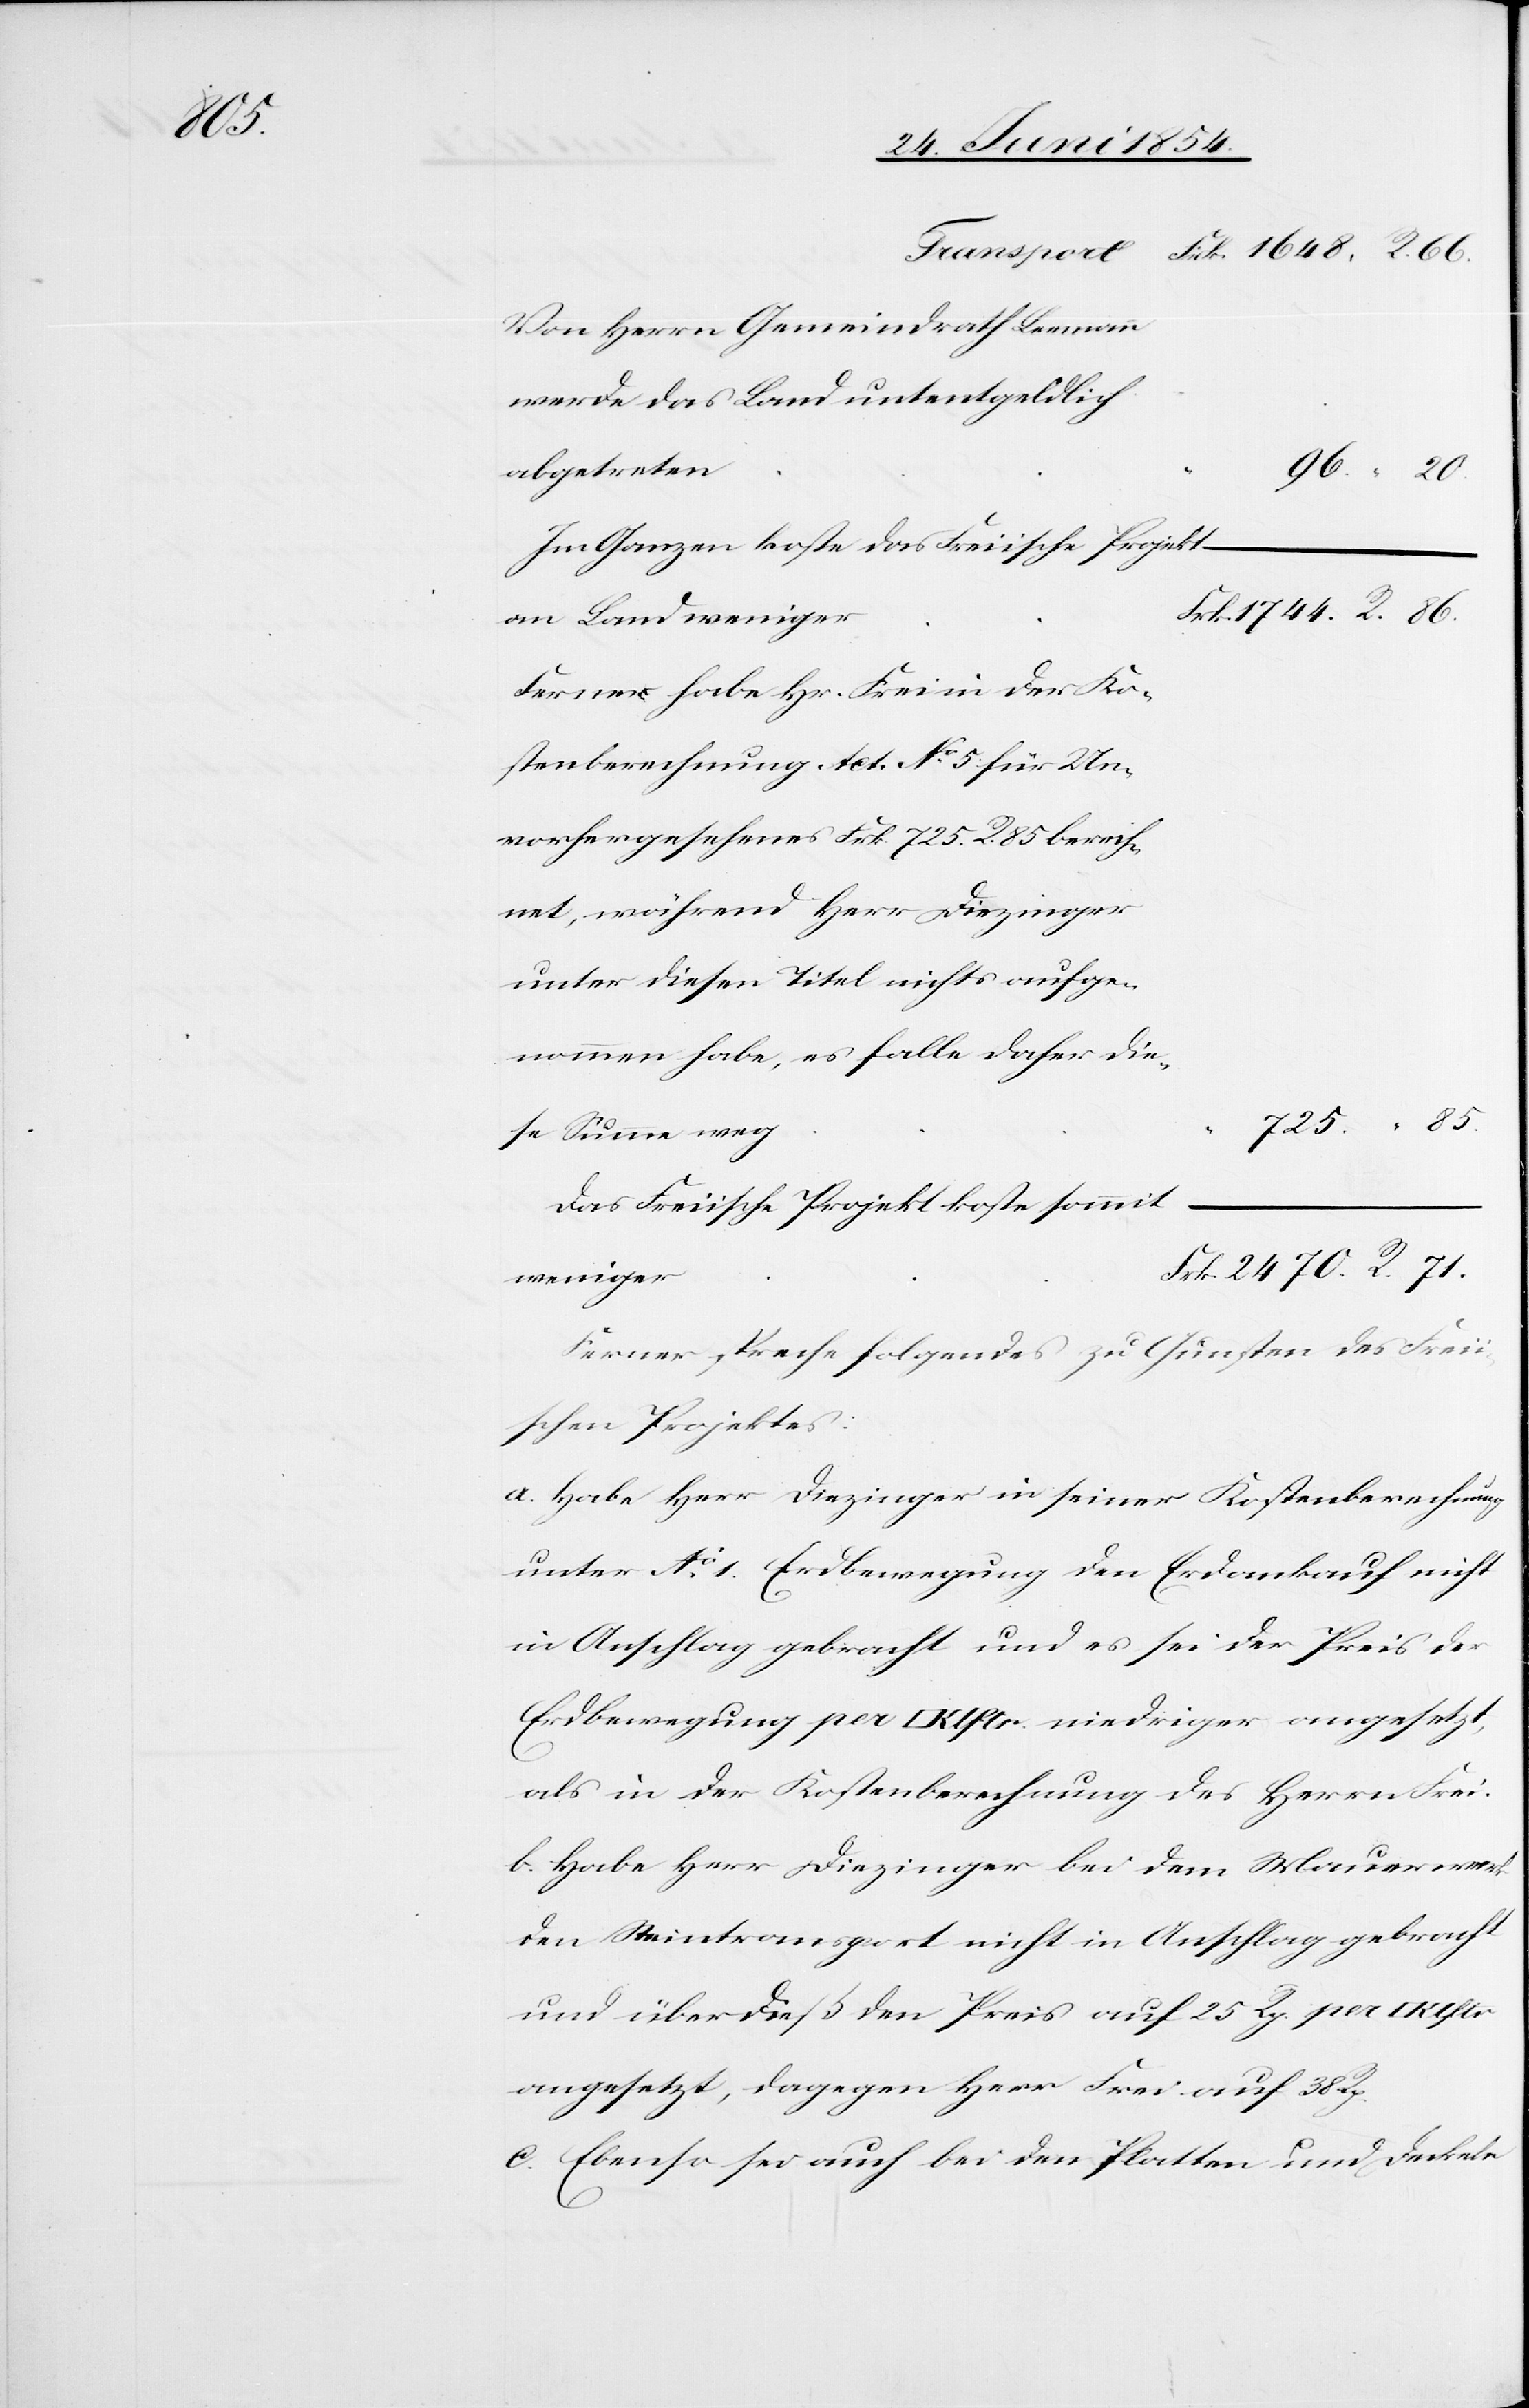
Rp.

Von Herrn Gemeindrath Leemann
werde das Land unentgeldlich
abgetreten
Im Ganzen koste das Freiische Projekt
an Land weniger
Ferner habe Hr. Frei in der Ko¬
stenberechnung Act. No 5 für Un¬
vorhergesehenes Frk. 725. R. 85 berech¬
net, während Herr Diezinger
unter diesen Titel nichts aufge¬
nommen habe, es falle daher di¬
e Summe weg
Das Freiische Projekt koste somit
weniger
Ferner spreche folgendes zu Gunsten des Freii¬
schen Projektes.
a. Habe Herr Diezinger in seiner Kostenberechnung
unter No 1. Erdbewegung den Erdankauf nicht
in Anschlag gebracht und es sei der Preis der
Erdbewegung per [Quadrat]Klstr. niedriger angesetzt,
als in der Kostenberechnung des Herrn Frei.
b. Habe Herr Diezinger bei dem Mauerwerk
den Steintransport nicht in Anschlag gebracht
und überdieß den Preis auf 25 Rp. per
angesetzt, dagegen Herr Frei auf 38
c. Ebenso sei auch bei den Platten und Deckeln